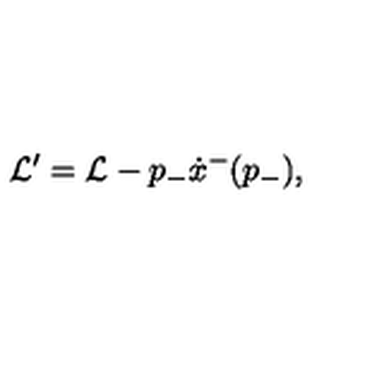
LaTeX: { \cal L } ^ { \prime } = { \cal L } - p _ { - } \dot { x } ^ { - } ( p _ { - } ) ,